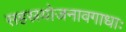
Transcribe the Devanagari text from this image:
सहस्रयोजनावगाधाः